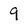
Character: 9